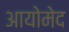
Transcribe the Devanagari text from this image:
आयोमेद